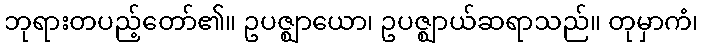
ဘုရားတပည့်တော်၏။ ဥပဇ္ဈာယော၊ ဥပဇ္ဈာယ်ဆရာသည်။ တုမှာကံ၊